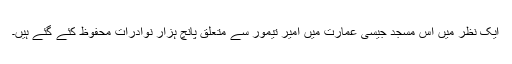
ایک نظر میں اس مسجد جیسی عمارت میں امیر تیمور سے متعلق پانچ ہزار نوادرات محفوظ کئے گئے ہیں۔